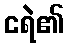
ငရဲ၏